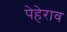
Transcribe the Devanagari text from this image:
पेहेराव